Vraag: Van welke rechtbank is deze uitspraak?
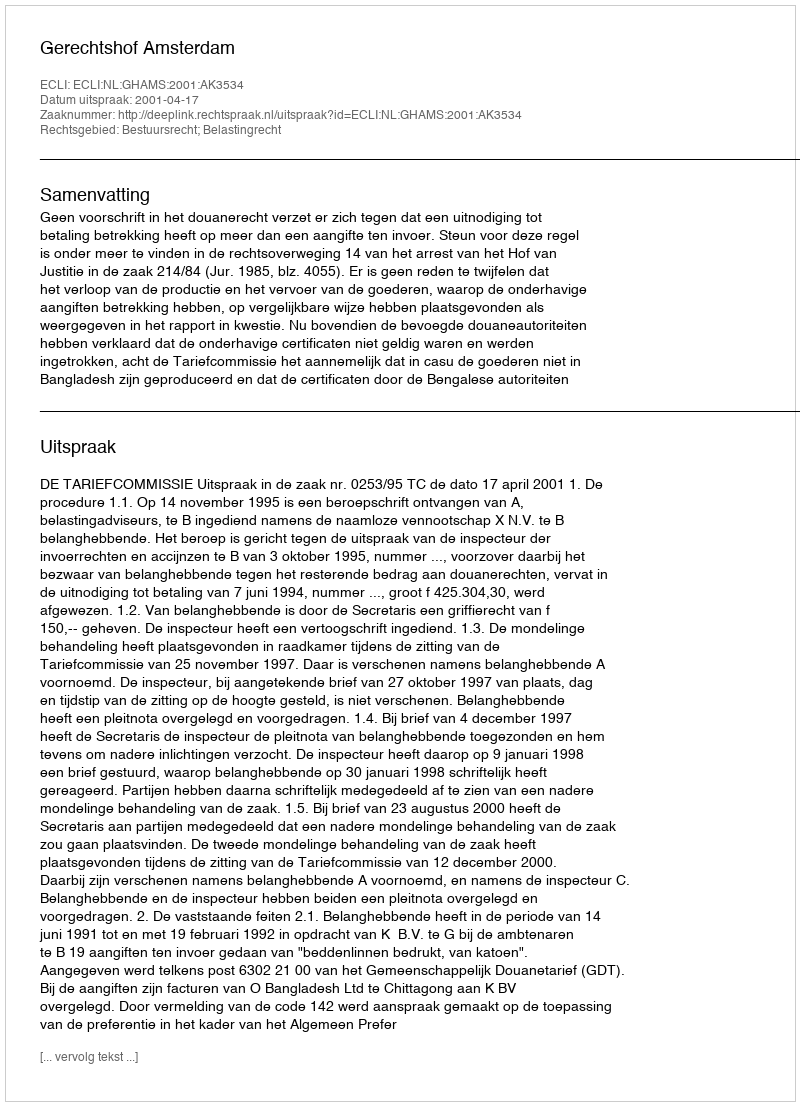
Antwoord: Gerechtshof Amsterdam